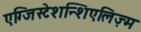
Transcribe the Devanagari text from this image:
एग्जिस्टेशन्शिएलिज़्म